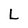
Character: L